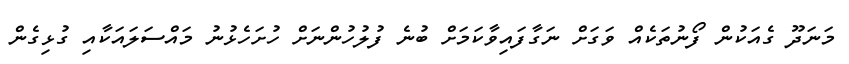
މަނަދޫ ގެއަކުން ފޯނުތަކެއް ވަގަށް ނަގާފައިވާކަމަށް ބުނެ ފުލުހުންނަށް ހުށަހެޅުނު މައްސަލައަކާއި ގުޅިގެން